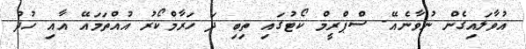
އުވާލައިގެން ނުވާނެއޭ. ސްޕްރީމް ކޯޓުގައި ތިބި ދަ ހަރާމްކޯރު އުއްތަމައޭ އާއި ހުދު